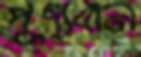
পুণ্যবান